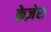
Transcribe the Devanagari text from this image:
केज़ेस